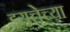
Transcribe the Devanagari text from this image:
इयत्तेच्या